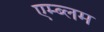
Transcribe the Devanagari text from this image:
एम्ब्लम